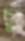
ছুঁ